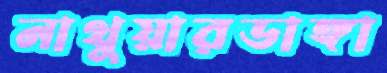
নাথুয়ারডাঙ্গা